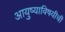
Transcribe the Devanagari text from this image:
आयुष्याविषयीची